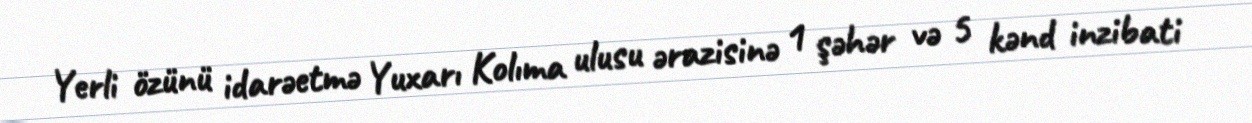
Yerli özünü idarəetmə Yuxarı Kolıma ulusu ərazisinə 1 şəhər və 5 kənd inzibati